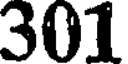
301